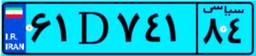
۶۱D۷۴۱۸۴